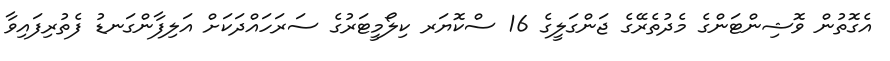
އެގޮތުން ވޮޝިންޓަންގެ މެދުތެރޭގެ ޖަންގަލީގެ 16 ސްކޮޔަރ ކިލޯމީޓަރުގެ ސަރަހައްދަކަށް އަލިފާންގަނޑު ފެތުރިފައިވާ